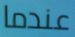
عندما